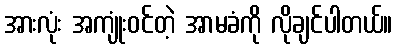
အားလုံး အကျုံးဝင်တဲ့ အာမခံကို လိုချင်ပါတယ်။